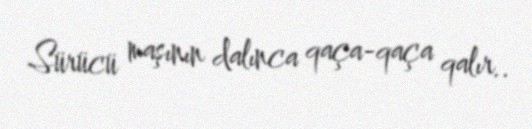
Sürücü maşının dalınca qaça-qaça qalır..